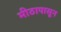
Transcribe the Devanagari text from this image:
मीठापासून